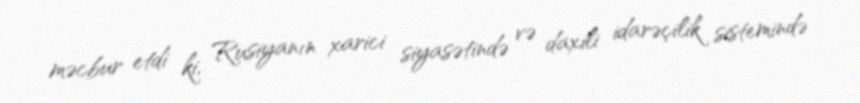
məcbur etdi ki, Rusiyanın xarici siyasətində və daxili idarəçilik sistemində